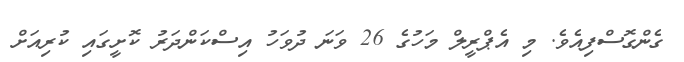
ގެންގޮސްފިއެވެ. މި އެޕްރީލް މަހުގެ 26 ވަނަ ދުވަހު އިސްކަންދަރު ކޮށީގައި ކުރިއަށް